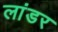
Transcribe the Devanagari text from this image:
लांडर